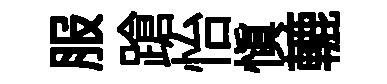
服蹌怡愼轆